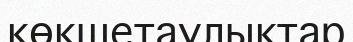
көкшетаулықтар